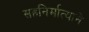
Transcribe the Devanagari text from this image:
सहनिर्मात्याने